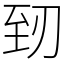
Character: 䑒